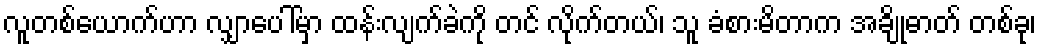
လူတစ်ယောက်ဟာ လျှာပေါ်မှာ ထန်းလျက်ခဲကို တင် လိုက်တယ်၊ သူ ခံစားမိတာက အချိုဓာတ် တစ်ခု၊